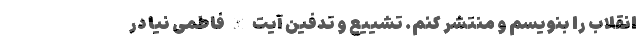
انقلاب را بنویسم و منتشر کنم. تشییع و تدفین آیت الله فاطمی نیا در